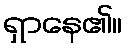
ရှာနေ၏။